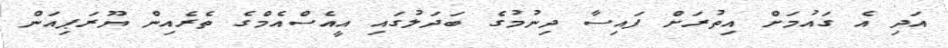
އަދި އެ ގައުމަށް އިތުރަށް ފައިސާ ދިނުމުގެ ބަދަލުގައި އީއެސްއެމްގެ ތެރެއިން ޔޫރަޕިއަން